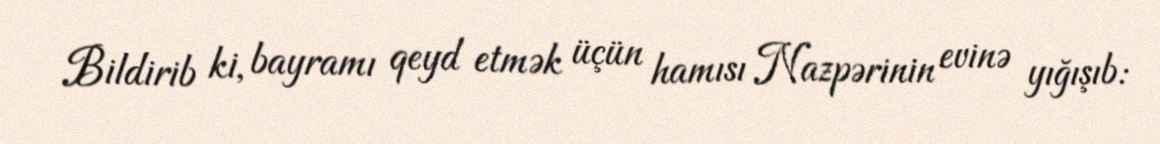
Bildirib ki, bayramı qeyd etmək üçün hamısı Nazpərinin evinə yığışıb: